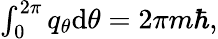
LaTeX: \begin{array}{r}{\int_{0}^{2\pi}q_{\theta}\mathrm{d}\theta=2\pi m\hbar,}\end{array}